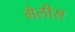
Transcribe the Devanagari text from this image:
गेलीस